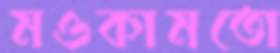
মওকামতো